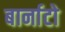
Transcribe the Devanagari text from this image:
बार्नाटो